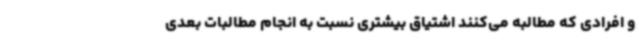
و افرادی که مطالبه می‌کنند اشتیاق بیشتری نسبت به انجام مطالبات بعدی